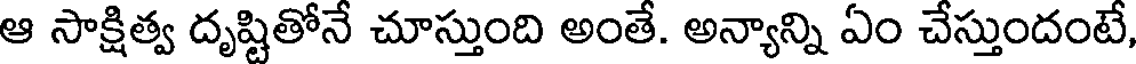
ఆ సాక్షిత్వ దృష్టితోనే చూస్తుంది అంతే. అన్యాన్ని ఏం చేస్తుందంటే